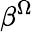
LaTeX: \beta^{\Omega}